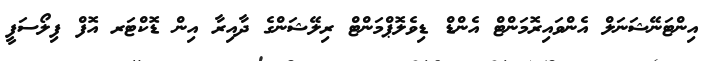
އިންޓަނޭޝަނަލް އެންވައިރޮމަންޓް އެންޑް ޑިވެލޮޕްމަންޓް ރިލޭޝަންގެ ދާއިރާ އިން ޑޮކްޓަރ އޮފް ފިލޯސަފީ